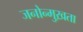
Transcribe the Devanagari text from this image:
जनोन्मुख़ता